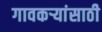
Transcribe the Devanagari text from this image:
गावकऱ्यांसाठी